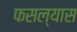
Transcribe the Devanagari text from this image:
फसल्यास